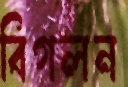
বিগলন